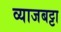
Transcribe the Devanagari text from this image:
व्याजबट्टा